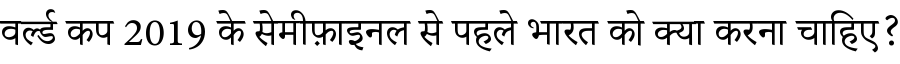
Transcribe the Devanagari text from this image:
वर्ल्ड कप 2019 के सेमीफ़ाइनल से पहले भारत को क्या करना चाहिए?